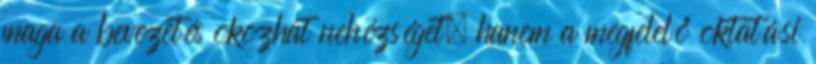
maga a bevezetés okozhat nehézséget, hanem a megfelelő oktatási